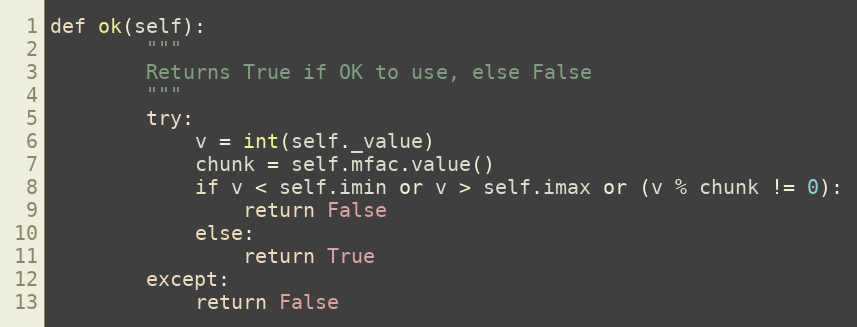
Language: Python
def ok(self):
        """
        Returns True if OK to use, else False
        """
        try:
            v = int(self._value)
            chunk = self.mfac.value()
            if v < self.imin or v > self.imax or (v % chunk != 0):
                return False
            else:
                return True
        except:
            return False